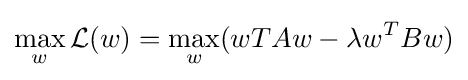
\max _{w}{\mathcal {L}}(w)=\max _{w}(w{T}Aw-\lambda w^{T}Bw)